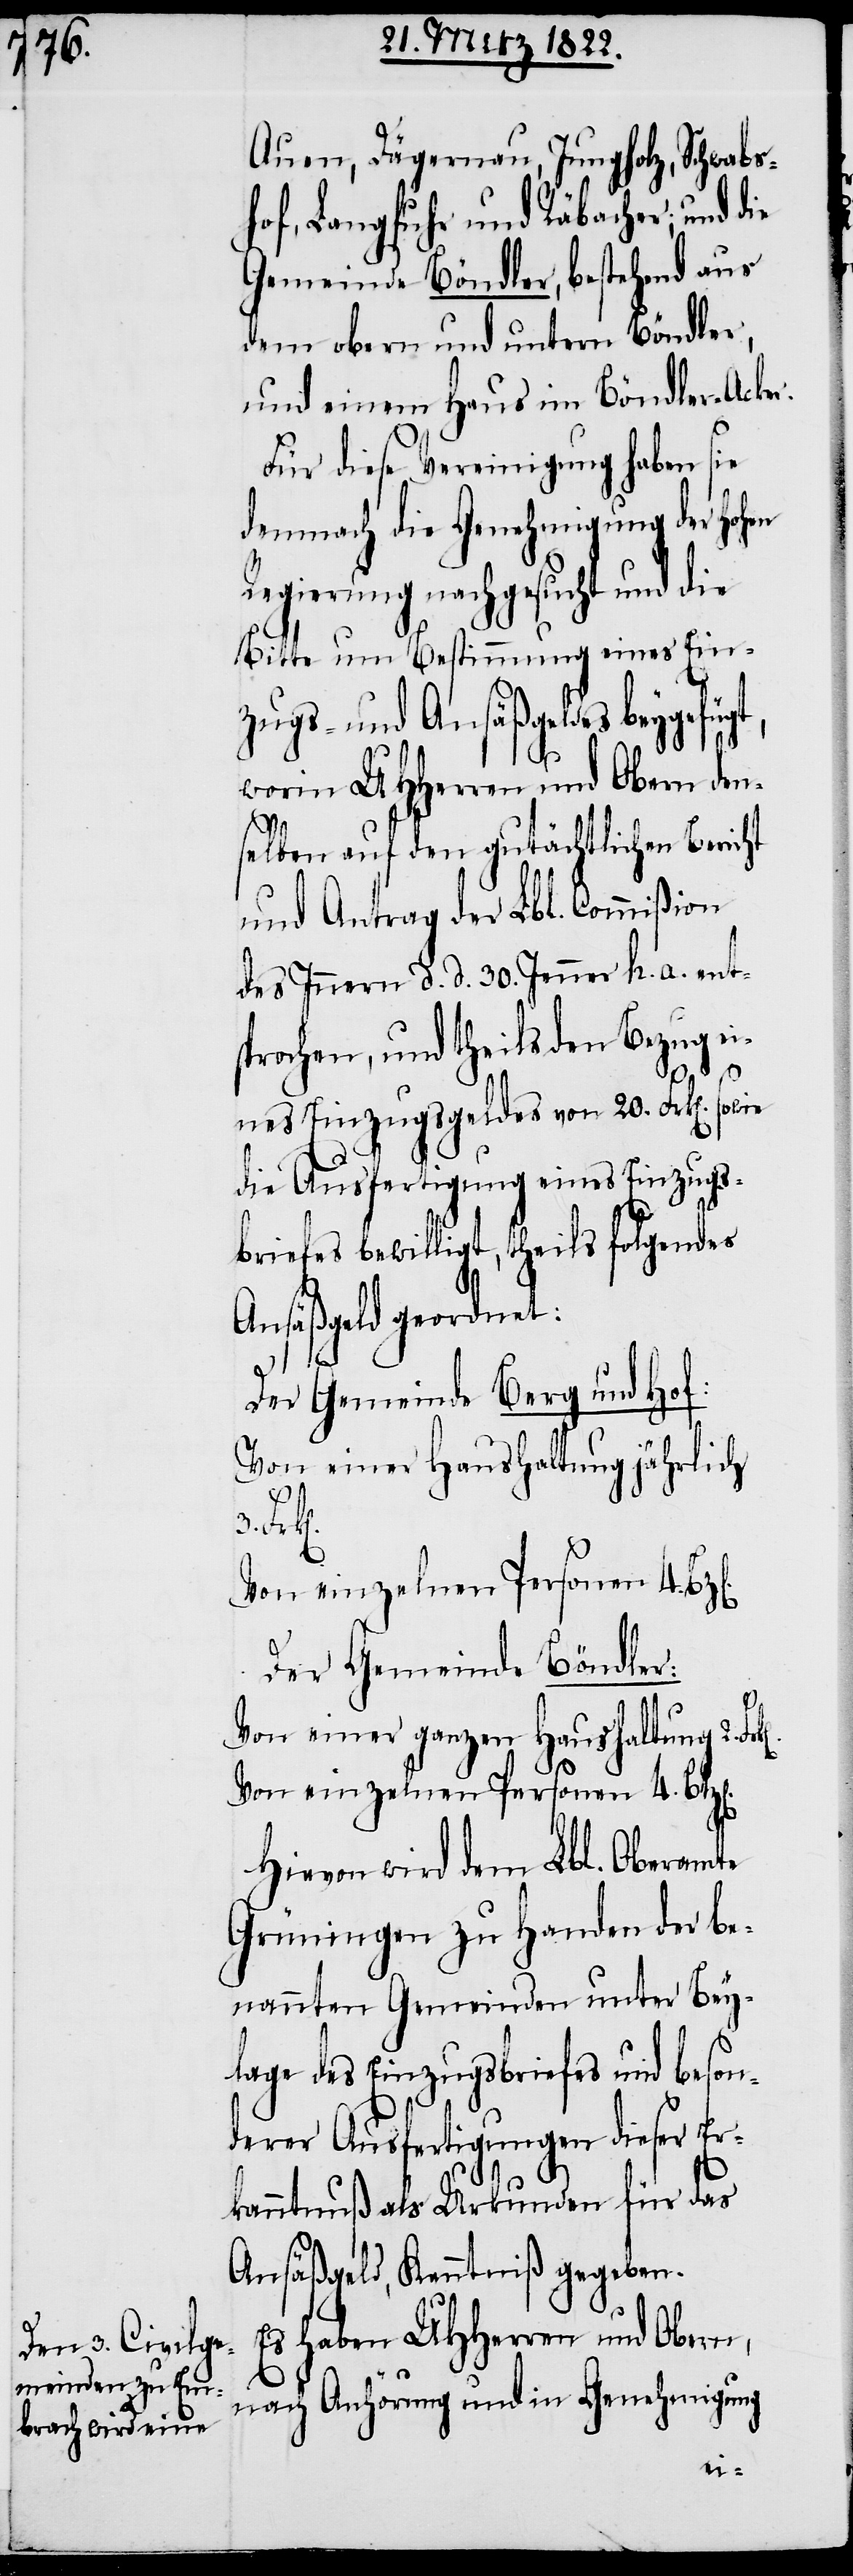
Auen, Dägernau, Jungholz, Schwabs¬
hof, Langfuhr und Räbacher; und die
Gemeinde Böndler, bestehend aus
dem obern und untern Böndler,
und einem Haus im Böndler-Acker.
Für diese Vereinigung haben sie
demnach die Genehmigung der hohen
Regierung nachgesucht und die
Bitte um Bestimmung eines Ein¬
zugs- und Ansäßgeldes beygefüg¬
worin UHHerren und Obern den¬
selben auf den gutächtlichen Bericht
und Antrag der Lbl. Commißion
des Innern d. d. 30. Jenner h. a. ent¬
sprochen, und theils den Bezug ei¬
nes Einzugsgeldes von 20. Frk[en].
die Ausfertigung eines Einzugs¬
briefes bewilligt, theils folgendes
Ansäßgeld geordnet:
Der Gemeinde Berg und Hof:
Von einer Haushaltung jährlich
Der Gemeinde Böndler:
Von einer ganzen Haushaltung 2.
Von einzelnen Personen 4. Btz[e¬
Hievon wird dem Lbl. Oberamte
Grüningen zu Handen der be¬
nannten Gemeinden unter Bey¬
lage des Einzugsbriefes und beson¬
derer Ausfertigung diese Er¬
kanntnuß als Urkunden für das
Ansäßgeld, Kenntniß gegeben.
Es haben UHHerren und Obern,
nach Anhörung und in Genehmigung
n].